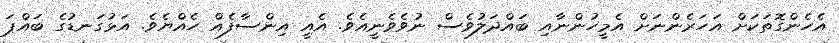
އެހެންގޮތަކަށް އަހަރެންނަށް އެމީހުންނާއި ބައްދަލުވެސް ނުވެވެނީއެވެ. އެއީ އިންސާފެއް ހެއްޔެވެ. އަޅުގަނޑުގެ ބައްޕަ